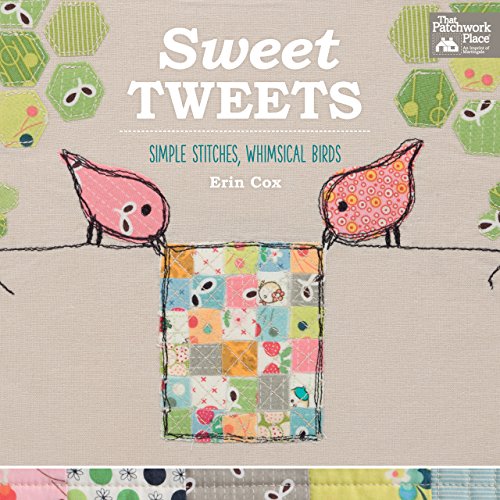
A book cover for Sweet Tweets: Simple Stitches, Whimsical Birds; Erin Cox; Crafts, Hobbies & Home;